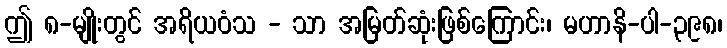
ဤ ၈-မျိုးတွင် အရိယဝံသ - သာ အမြတ်ဆုံးဖြစ်ကြောင်း၊ မဟာနိ-ပါ-၃၉၈၊